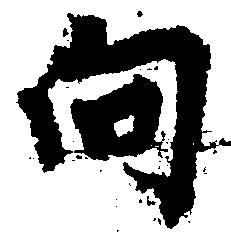
向